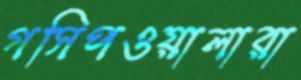
গসিপওয়ালারা